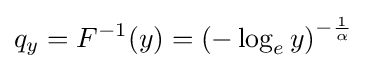
q_{y}=F^{-1}(y)=\left(-\log _{e}y\right)^{-{\frac {1}{\alpha }}}